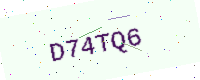
Text: D74TQ6